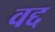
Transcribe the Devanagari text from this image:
वद्द